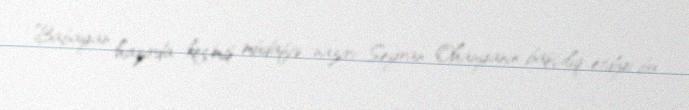
Babayan hazırda keçmiş müdafiə naziri Seyran Ohanyanın başçılıq etdiyi bu